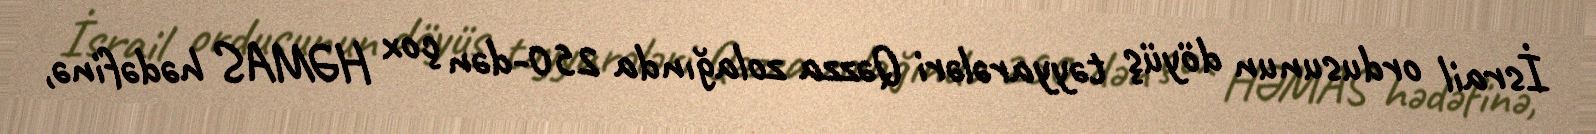
İsrail ordusunun döyüş təyyarələri Qəzza zolağında 250-dən çox HƏMAS hədəfinə,